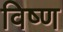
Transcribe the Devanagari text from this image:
विष्ण